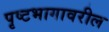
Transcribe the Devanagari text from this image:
पृष्टभागावरील